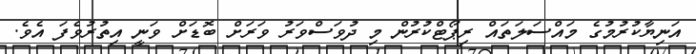
އަނިޔާކުރުމުގެ މައްސަލަތައް ރިޕޯޓްކުރުން މި ދުވަސްވަރު ވަރަށް ބޮޑަށް ވަނީ އިތުރުވެފަ އެވެ.